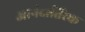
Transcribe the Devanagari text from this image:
आनंदातिरेक